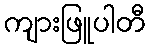
ကျားဖြူပါတီ